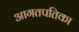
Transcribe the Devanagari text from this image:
आगतपतिका